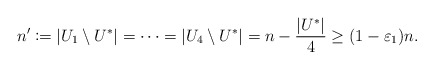
\begin{align*}n'\coloneqq |U_1\setminus U^*|=\dots=|U_4\setminus U^*|=n-\frac{|U^*|}{4}\geq (1-\varepsilon_1)n.\end{align*}